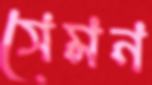
সেমন